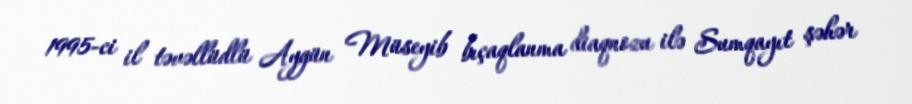
1995-ci il təvəllüdlü Aygün Müseyib bıçaqlanma diaqnozu ilə Sumqayıt şəhər